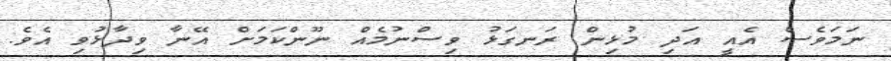
ނަމަވެސް އެއީ އަދި މުޅިން ރަނގަޅު ވިސްނުމެއް ނޫންކަމަށް އޭނާ ވިދާޅުވި އެވެ.